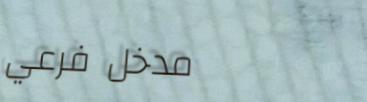
مدخل فرعي